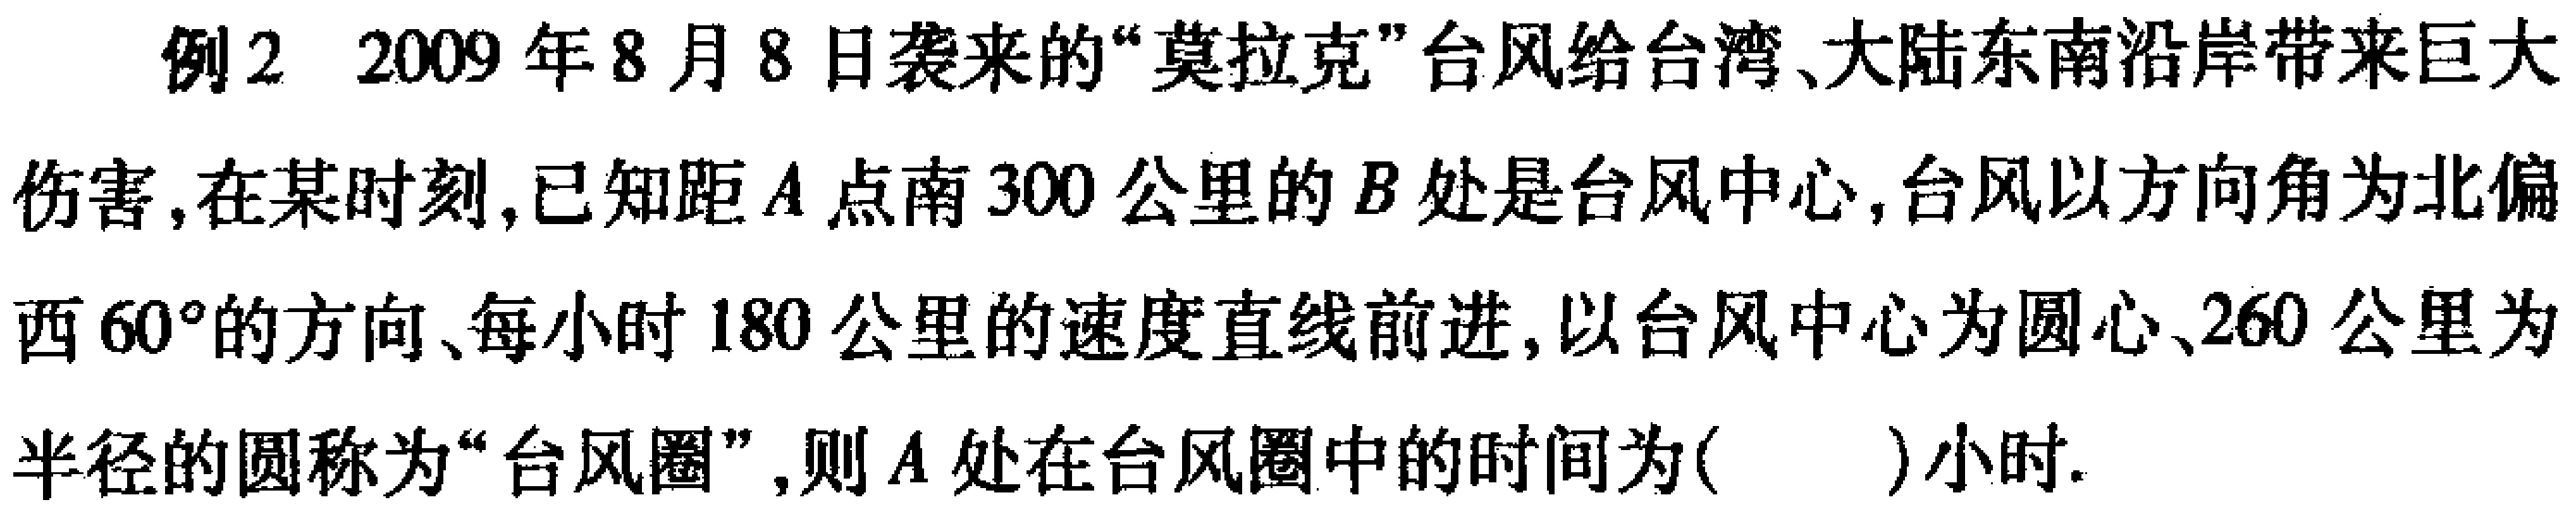
例2 2009年8月8日袭来的“莫拉克”台风给台湾、大陆东南沿岸带来巨大伤害,在某时刻,已知距\(A\)点南\(300\)公里的\(B\)处是台风中心,台风以方向角为北偏西\(60^{\circ}\)的方向、每小时\(180\)公里的速度直线前进,以台风中心为圆心、\(260\)公里为半径的圆称为“台风圈”,则\(A\)处在台风圈中的时间为( )小时.